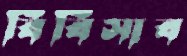
বিবিসাব